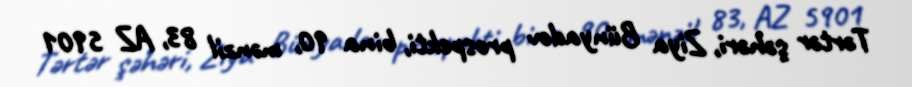
Tərtər şəhəri, Ziya Bünyadov prospekti, bina 90, mənzil 83, AZ 5901